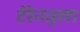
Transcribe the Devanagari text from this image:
टेरेनतुला